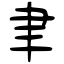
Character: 聿